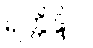
ရတ္တိန္ဒိဝါ